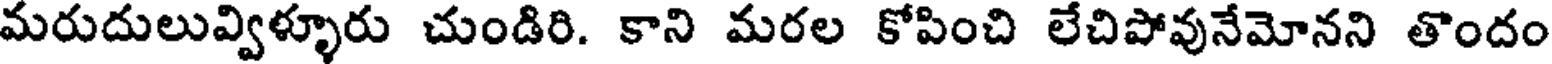
మరుదులువ్విళ్ళూరు చుండిరి. కాని మరల కోపించి లేచిపోవునేమోనని తొందం